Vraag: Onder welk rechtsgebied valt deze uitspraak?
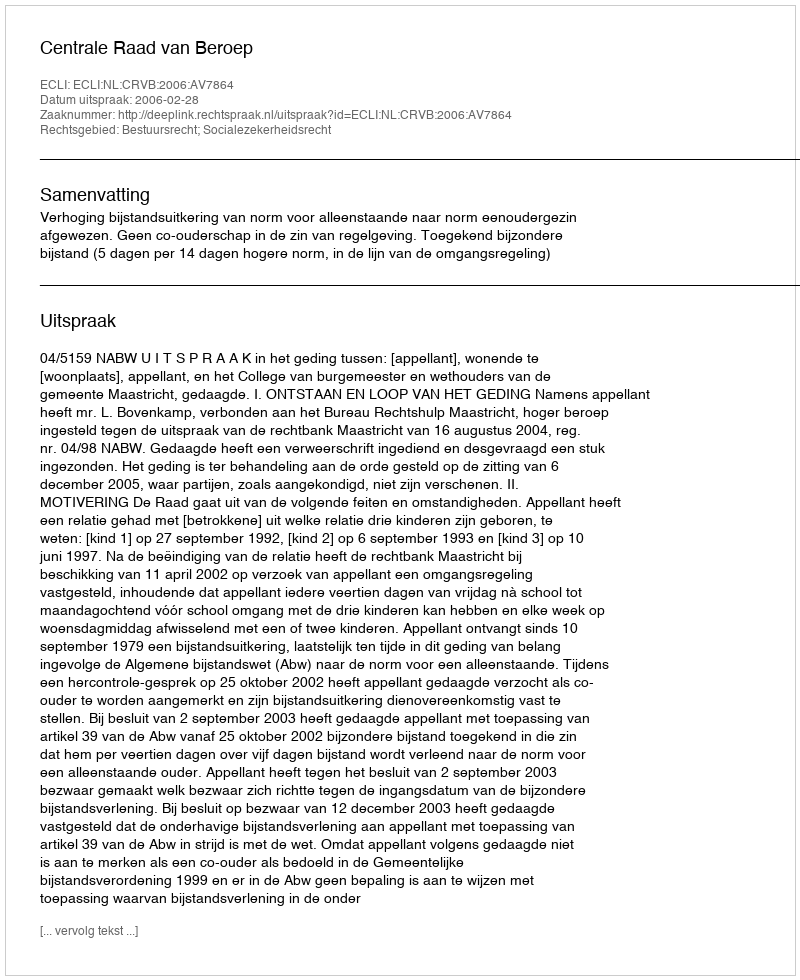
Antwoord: Bestuursrecht; Socialezekerheidsrecht